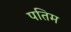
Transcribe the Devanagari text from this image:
पतिम